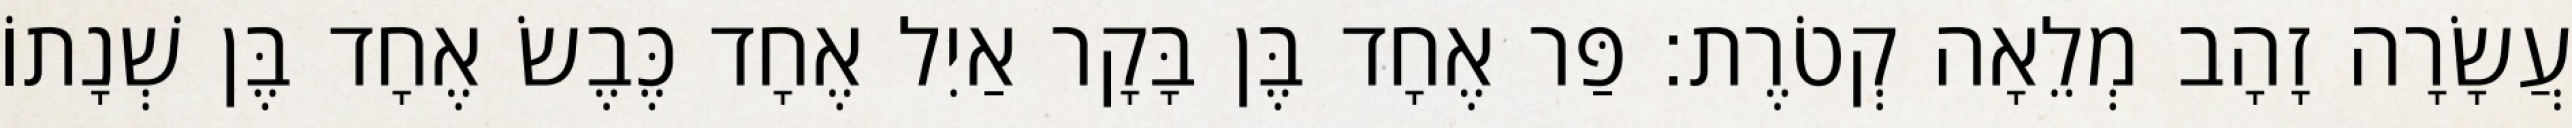
עֲשָׂרָה זָהָב מְלֵאָה קְטֹרֶת׃ פַּר אֶחָד בֶּן בָּקָר אַיִל אֶחָד כֶּבֶשׂ אֶחָד בֶּן שְׁנָתוֹ